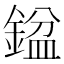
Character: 𨩣